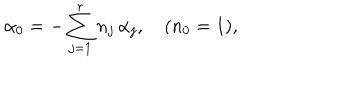
\alpha _ { 0 } = - \sum _ { j = 1 } ^ { r } n _ { j } \, \alpha _ { j } , \quad ( n _ { 0 } = 1 ) ,